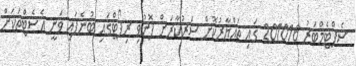
ސެޕްޓެމްބަރު 201016 ގައި ތައްޔާރުކޮށް ސަރުކާރަށް ފޮނުވި ރިޕޯޓްގައި ބުނެފައި ވަނީ އެސެޓްތަކަށް